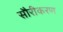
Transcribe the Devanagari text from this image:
सौरीकरण